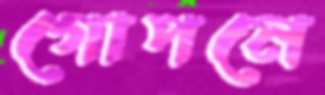
গোপনে